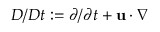
D / D t : = \partial / \partial t + \mathbf { u } \cdot \nabla